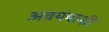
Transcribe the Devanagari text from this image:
अवयवाशी